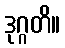
ဒုဂ္ဂတိ။